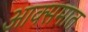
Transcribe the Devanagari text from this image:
आक्समात